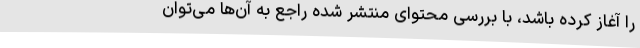
را آغاز کرده باشد، با بررسی محتوای منتشر شده راجع به آن‌ها می‌توان